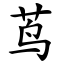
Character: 茑